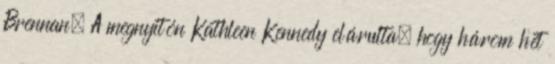
Brennan. A megnyitón Kathleen Kennedy elárulta, hogy három hét